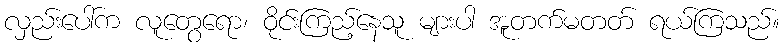
လှည်းပေါ်က လူတွေရော၊ ဝိုင်းကြည့်နေသူ များပါ အူတက်မတတ် ရယ်ကြသည်။